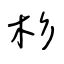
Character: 杉